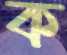
ক